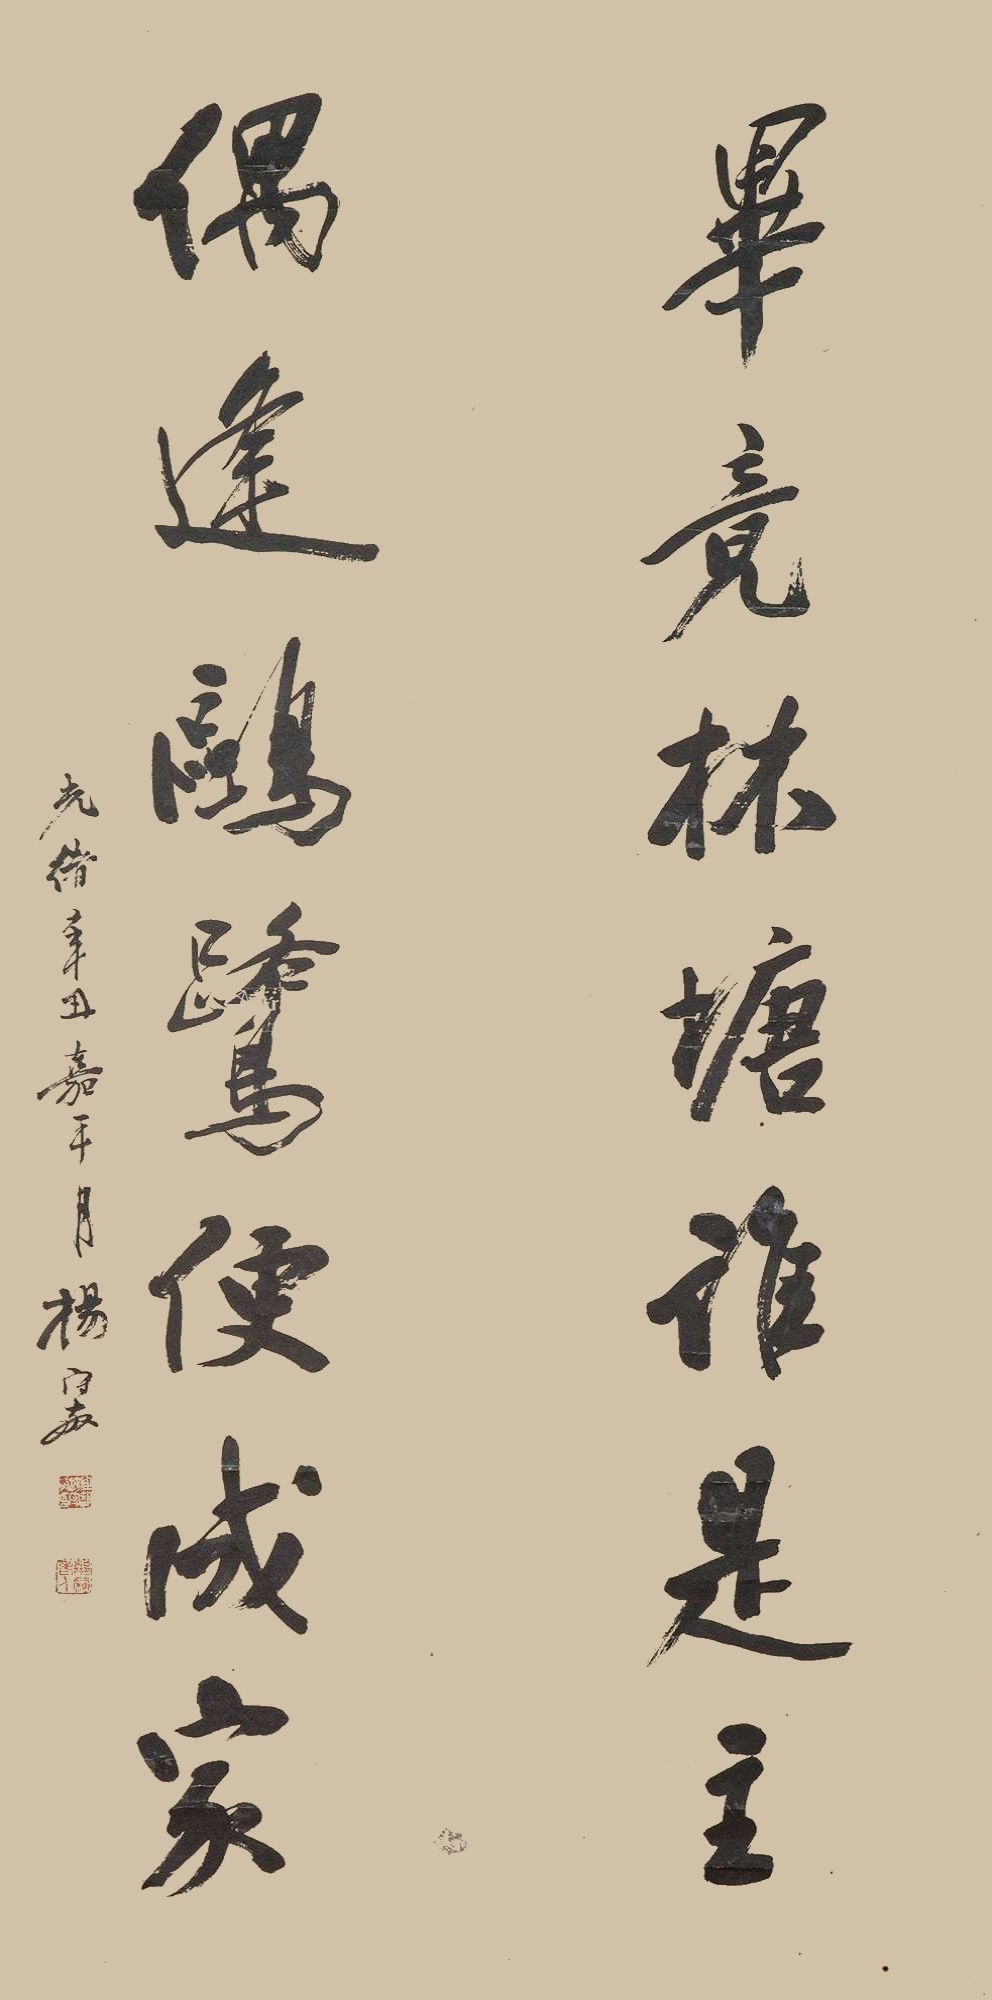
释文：毕竟林塘谁是主，偶逢鸥鹭便成家。光绪辛丑嘉平月，杨守敬。